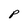
Character: P